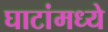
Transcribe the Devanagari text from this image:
घाटांमध्ये